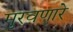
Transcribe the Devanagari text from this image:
मुरवणारे